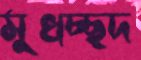
মুখচ্ছদ